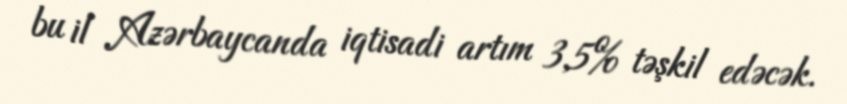
bu il Azərbaycanda iqtisadi artım 3,5% təşkil edəcək.